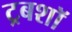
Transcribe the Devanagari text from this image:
ट्रबशॉ